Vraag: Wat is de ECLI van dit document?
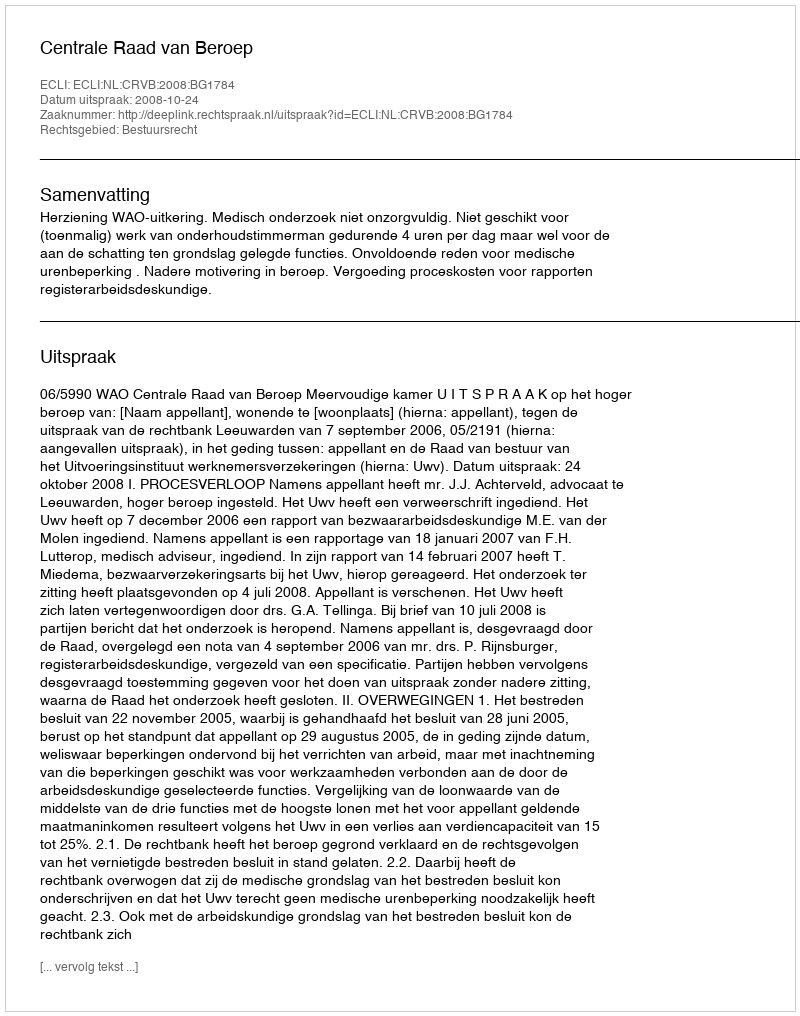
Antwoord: ECLI:NL:CRVB:2008:BG1784